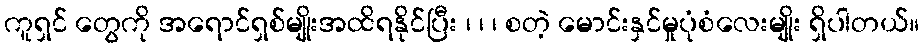
ကူရှင် တွေကို အရောင်ရှစ်မျိုးအထိရနိုင်ပြီး ၊ ၊ ၊ စတဲ့ မောင်းနှင်မှုပုံစံလေးမျိုး ရှိပါတယ်။